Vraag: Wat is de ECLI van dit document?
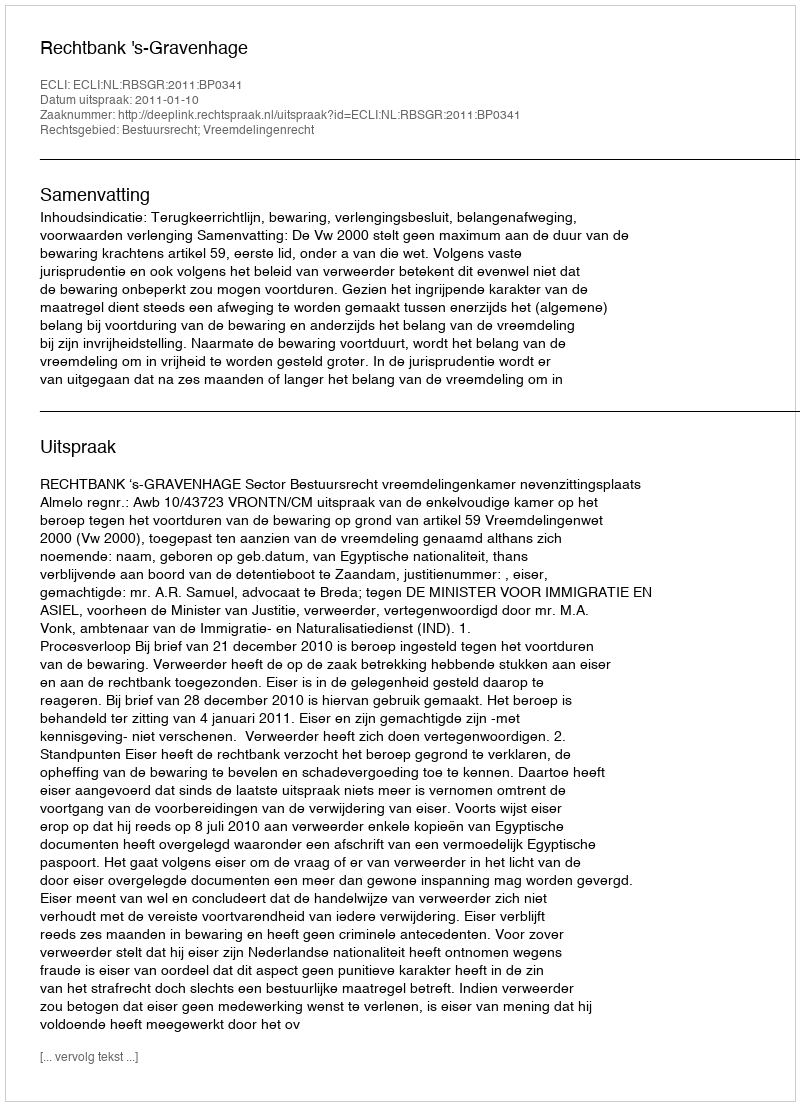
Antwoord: ECLI:NL:RBSGR:2011:BP0341